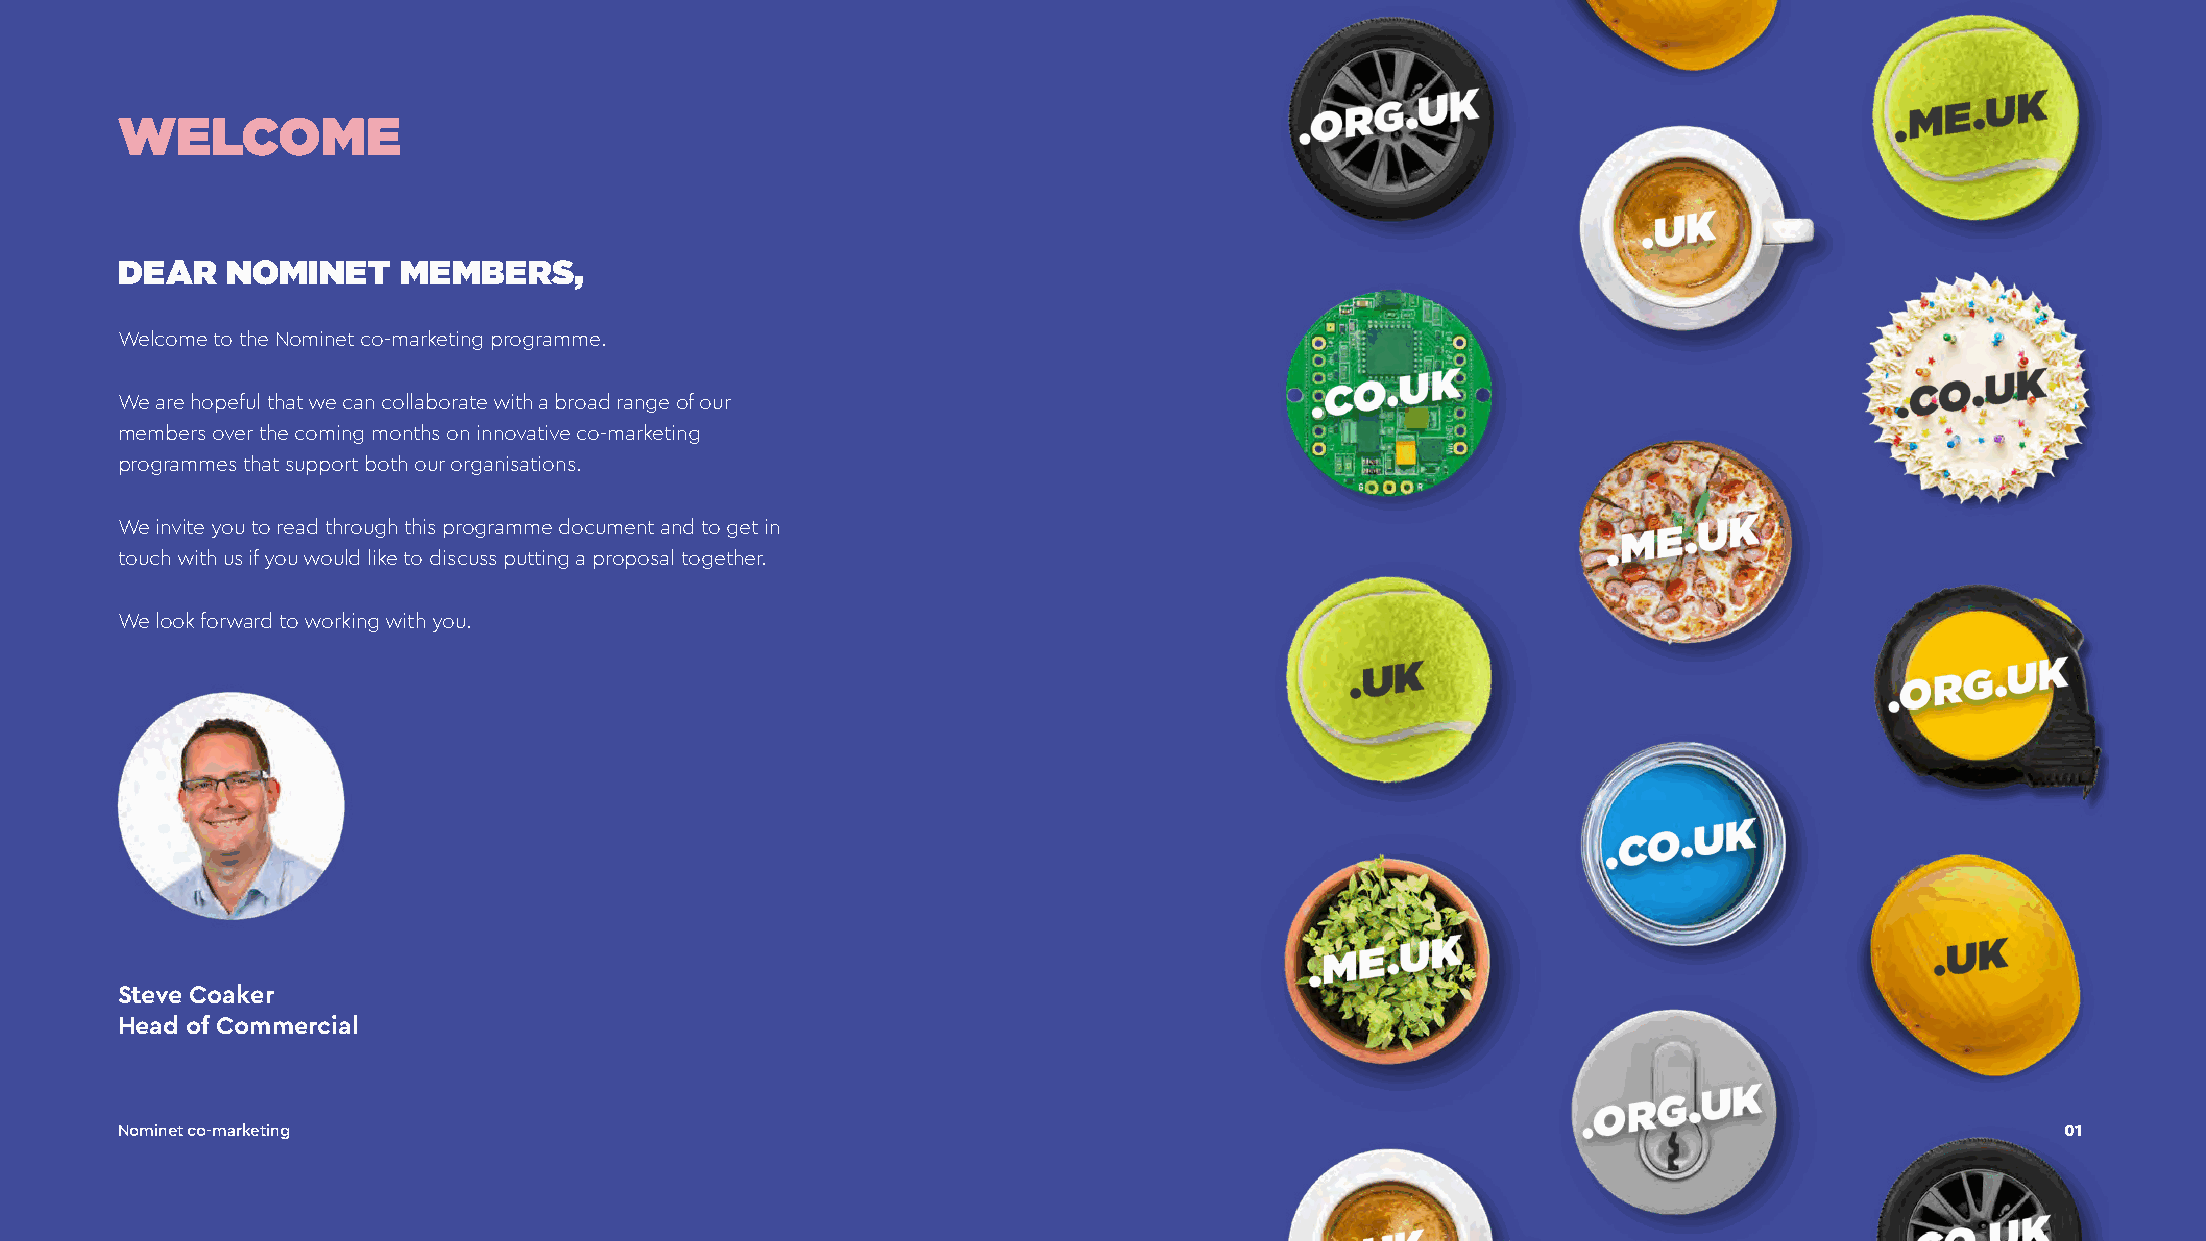
WELCOME
 DEAR   NOMINET    MEMBERS,
 Welcome to the Nominet co-marketing programme.
 We are hopeful that we can collaborate with a broad range of our
 members over the coming months on innovative co-marketing
 programmes that support both our organisations.
 We invite you to read through this programme document and to get in
 touch with us if you would like to discuss putting a proposal together.
 We look forward to working with you.
 Steve Coaker
 Head of Commercial
 Nominet co-marketing                                                                                                             01